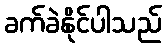
ခက်ခဲနိုင်ပါသည်